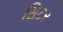
સિટર